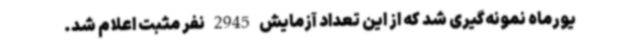
یورماه نمونه‌گیری شد که از این تعداد آزمایش 2945 نفر مثبت اعلام شد.